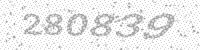
Solution: 280839